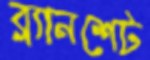
ব্ল্যানশেট